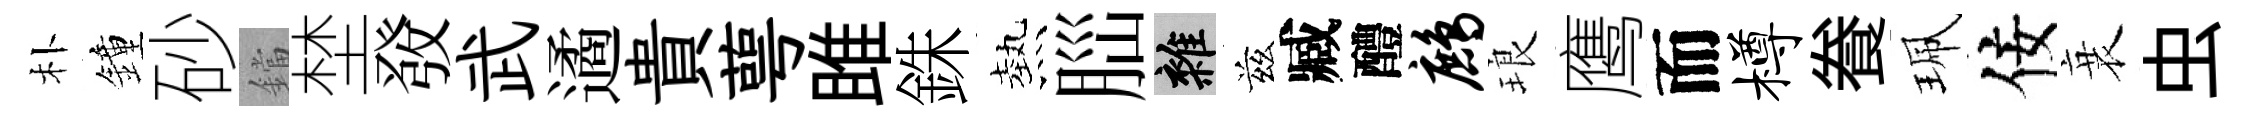
朴鐘砂鐺埜𤼲武遹貴萼雎銖熱𦛁雜兹臧醴鹧琅鹰而樽飬珮佞衰虫